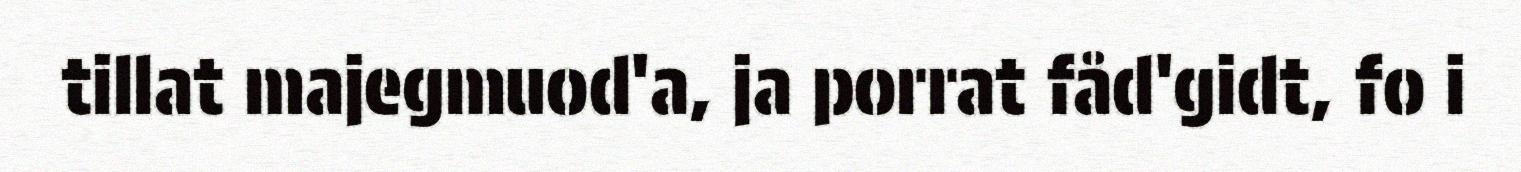
tillat majegmuod'a, ja porrat fåd'gidt, fo i